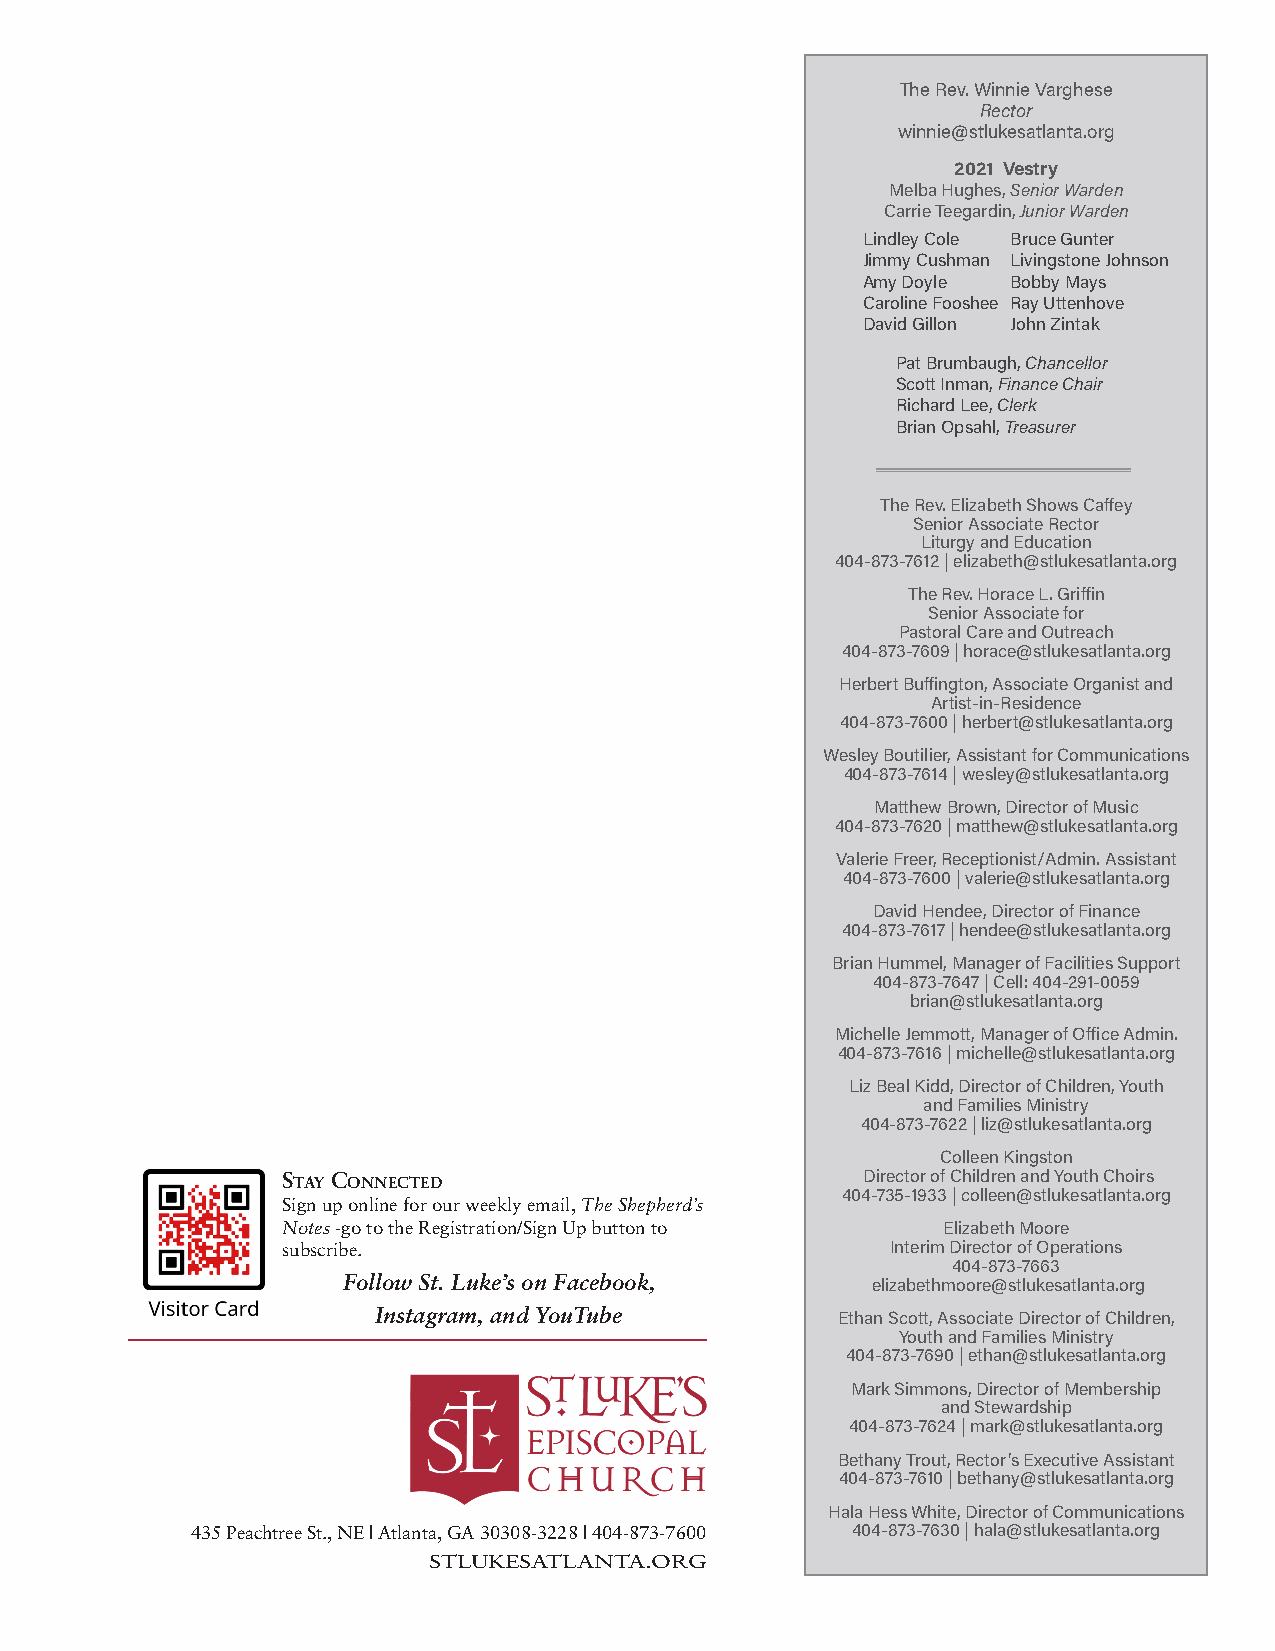
The Rev. Winnie Varghese
 Rector
 winnie@stlukesatlanta.org
 2021 Vestry
 Melba Hughes, Senior Warden
 Carrie Teegardin, Junior Warden
 Lindley Cole Bruce Gunter
 Jimmy Cushman Livingstone Johnson
 Amy Doyle Bobby Mays
 Caroline Fooshee Ray Uttenhove
 David Gillon John Zintak
 Pat Brumbaugh, Chancellor
 Scott Inman, Finance Chair
 Richard Lee, Clerk
 Brian Opsahl, Treasurer
 The Rev. Elizabeth Shows Caffey
 Senior Associate Rector
 Liturgy and Education
 404-873-7612 | elizabeth@stlukesatlanta.org
 The Rev. Horace L. Griffin
 Senior Associate for
 Pastoral Care and Outreach
 404-873-7609 | horace@stlukesatlanta.org
 Herbert Buffington, Associate Organist and
 Artist-in-Residence
 404-873-7600 | herbert@stlukesatlanta.org
 Wesley Boutilier, Assistant for Communications
 404-873-7614 | wesley@stlukesatlanta.org
 Matthew Brown, Director of Music
 404-873-7620 | matthew@stlukesatlanta.org
 Valerie Freer, Receptionist/Admin. Assistant
 404-873-7600 | valerie@stlukesatlanta.org
 David Hendee, Director of Finance
 404-873-7617 | hendee@stlukesatlanta.org
 Brian Hummel, Manager of Facilities Support
 404-873-7647 | Cell: 404-291-0059
 brian@stlukesatlanta.org
 Michelle Jemmott, Manager of Office Admin.
 404-873-7616 | michelle@stlukesatlanta.org
 Liz Beal Kidd, Director of Children, Youth
 and Families Ministry
 404-873-7622 | liz@stlukesatlanta.org
 Colleen Kingston
 Stay ConneCted                        Director of Children and Youth Choirs
 404-735-1933 | colleen@stlukesatlanta.org
 Sign up online for our weekly email, The Shepherd’s
 Notes -go to the Registration/Sign Up button to Elizabeth Moore
 subscribe.                              Interim Director of Operations
 404-873-7663
 Follow St. Luke’s on Facebook,     elizabethmoore@stlukesatlanta.org
 Instagram, and YouTube        Ethan Scott, Associate Director of Children,
 Youth and Families Ministry
 404-873-7690 | ethan@stlukesatlanta.org
 Mark Simmons, Director of Membership
 and Stewardship
 404-873-7624 | mark@stlukesatlanta.org
 Bethany Trout, Rector’s Executive Assistant
 404-873-7610 | bethany@stlukesatlanta.org
 Hala Hess White, Director of Communications
 435 Peachtree St., NE | Atlanta, GA 30308-3228 | 404-873-7600 404-873-7630 | hala@stlukesatlanta.org
 STLUKESATLANTA.ORG